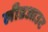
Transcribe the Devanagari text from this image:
लीडआउट